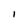
Character: I